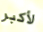
لأكبر